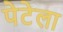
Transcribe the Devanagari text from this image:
पेटेला